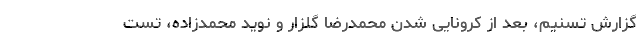
گزارش تسنیم، بعد از کرونایی شدنِ محمدرضا گلزار و نوید محمدزاده، تست